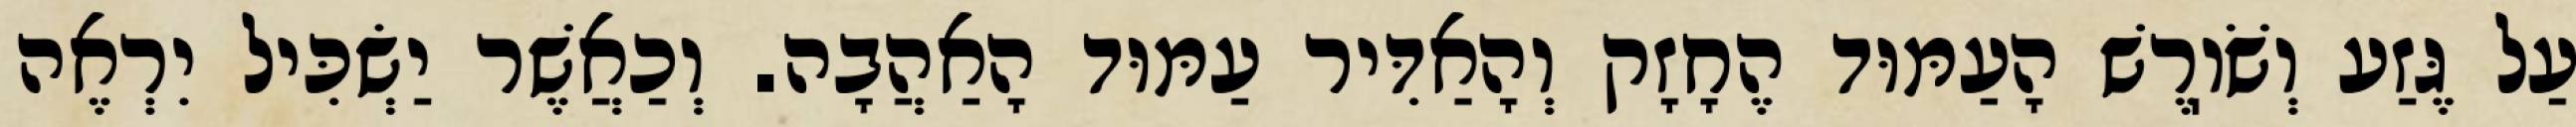
עַל גֶּזַע וְשֹׁוֽרֶשׁ הָעַמּוּד הֶחָזָק וְהָאַדִּיר עַמּוּד הָאַהֲבָה. וְכַאֲשֶׁר יַשְׂכִּיל יִרְאֶה